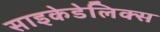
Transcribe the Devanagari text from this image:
साइकेडेलिक्स